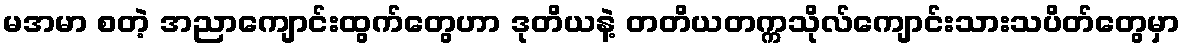
မအမာ စတဲ့ အညာကျောင်းထွက်တွေဟာ ဒုတိယနဲ့ တတိယတက္ကသိုလ်ကျောင်းသားသပိတ်တွေမှာ